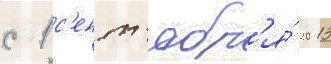
с 1 с'ент'ябр'я́ 2013